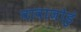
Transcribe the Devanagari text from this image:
वावाजोडुं